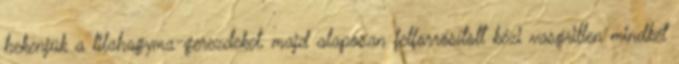
bekenjük a lilahagyma-gerezdeket, majd alaposan felforrósított kézi vasgrillen mindkét